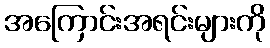
အကြောင်းအရင်းများကို